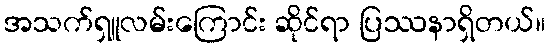
အသက်ရှူလမ်းကြောင်း ဆိုင်ရာ ပြဿနာရှိတယ်။